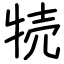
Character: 㸿